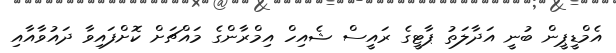
އެމްޑީޕީން ބުނީ އަދާލަތު ޕާޓީގެ ރައީސް ޝެއިހް އިމްރާންގެ މައްޗަށް ކޮށްފައިވާ ދައުވާއާއި